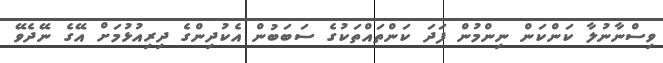
ވިސްނާނުލާ ކަންކަން ނިންމުން ފަދަ ކަންތައްތަކުގެ ސަބަބުން އެކުދިންގެ ދިރިއުޅުމަށް އޭގެ ނޭދެވޭ